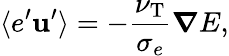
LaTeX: \langle{e^{\prime}{\textbf{u}}^{\prime}}\rangle=-\frac{\nu_{\textrm{T}}}{\sigma_{e}}{\boldsymbol{\nabla}}E,